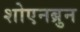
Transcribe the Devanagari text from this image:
शोएनब्रुन